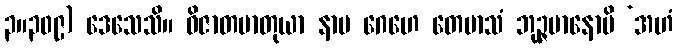
၃။၃၀၉) ဒေသေသိ။ ဝိဇာတမာတုယာ နာမ ဂေဟေ တေမာသံ ဘုဉ္ဇမာနောပိ ‘အဟံ